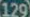
129